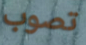
تصوب